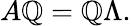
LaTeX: A\mathbb{Q}=\mathbb{Q}\Lambda.